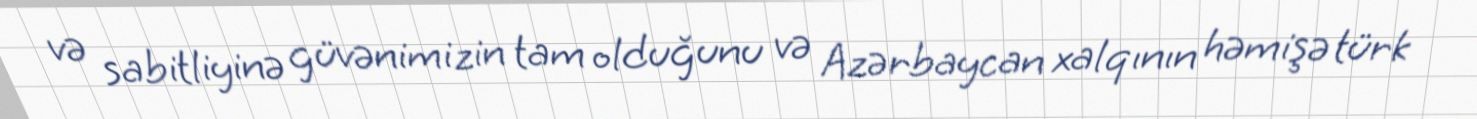
və sabitliyinə güvənimizin tam olduğunu və Azərbaycan xalqının həmişə türk